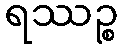
ရဿဉ္စ